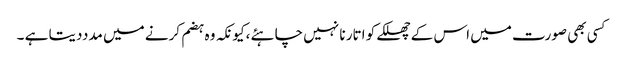
کسی بھی صورت میں اس کے چھلکے کو اتار نا نہیں چاہئے ،کیونکہ وہ ہضم کرنے میں مدددیتا ہے ۔